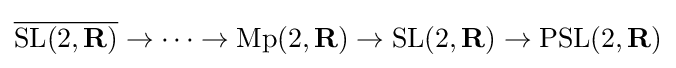
{\overline {\mathrm {SL} (2,\mathbf {R} )}}\to \cdots \to \mathrm {Mp} (2,\mathbf {R} )\to \mathrm {SL} (2,\mathbf {R} )\to \mathrm {PSL} (2,\mathbf {R} )